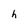
Character: h